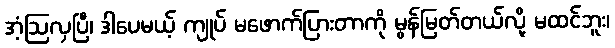
အံ့ဩလှပြီ၊ ဒါပေမယ့် ကျုပ် မဖောက်ပြားတာကို မွန်မြတ်တယ်လို့ မထင်ဘူး၊